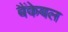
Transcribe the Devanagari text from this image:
बैंकेबल